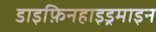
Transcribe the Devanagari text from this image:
डाइफ़िनहाइड्रमाइन